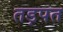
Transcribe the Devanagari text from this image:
तड़पत